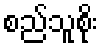
စည်သူစိုး